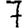
Digit: 7